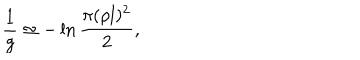
LaTeX: \frac { 1 } { g } \simeq - \ln \frac { \pi ( \rho l ) ^ { 2 } } { 2 } ,